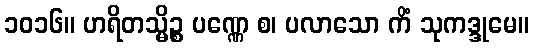
၁၀၁၆။ ဟရိတသ္မိဉ္စ ပဏ္ဏေ စ၊ ပလာသော ကိံ သုကဒ္ဒုမေ။